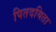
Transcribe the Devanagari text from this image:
पितदयिता